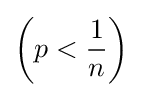
{\left(p<{\frac {1}{n}}\right)}